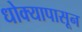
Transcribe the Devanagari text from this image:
धोक्यापासून